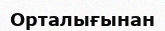
Орталығынан